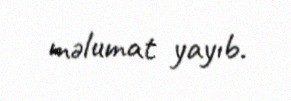
məlumat yayıb.